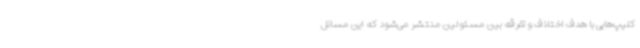
کلیپ‌هایی با هدف اختلاف و تفرقه بین مسئولین منتشر می‌شود که این مسائل